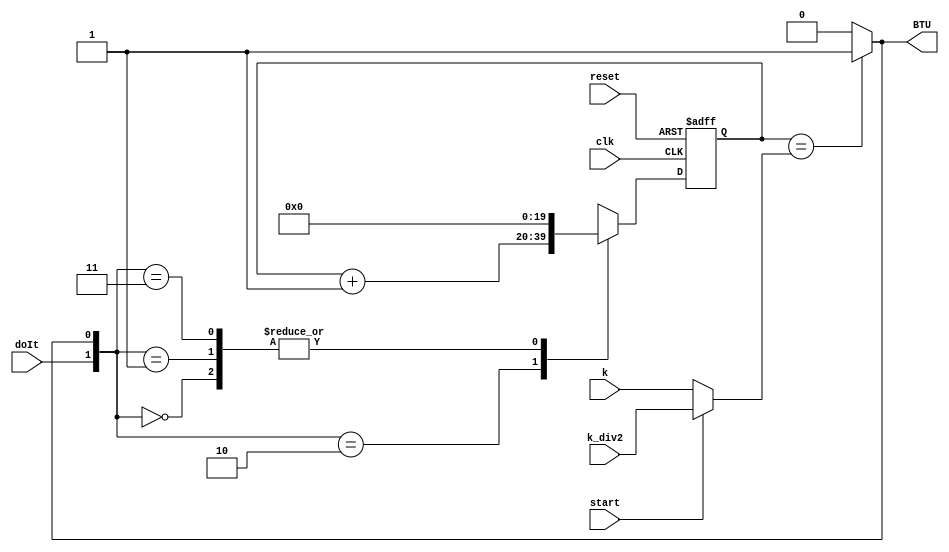
`timescale 1ns / 1ps
//////////////////////////////////////////////////////////////////////////////////
// Company: 
// Engineer: 
// 
// Design Name: 
// Module Name:    BitTimeCounterReceive 
// Project Name: 
// Target Devices: 
// Tool versions: 
// Description: 
//
// Dependencies: 
//
// Revision: 
// Revision 0.01 - File Created
// Additional Comments: 
//
//////////////////////////////////////////////////////////////////////////////////
module BitTimeCounterReceive(start,k,k_div2,doIt,clk,reset,BTU);
input start;
input doIt,clk,reset;
input [19:0] k;
input [19:0] k_div2;
output BTU;

reg [19:0] counters ;
reg [19:0] next_counters;
wire [19:0] k_mux;

assign k_mux = start ? k_div2 : k;

//A register to store the counter on every positive edge of the clock
always @ (posedge clk,posedge reset) begin
	if (reset)
		next_counters <= 20'b0;
	else
		next_counters <= counters;
end

//Combo logic to increment the counter
always @(*) begin
	case ({doIt,BTU})
		2'b00: counters = 0;
		2'b01: counters = 0;
		2'b10: counters = next_counters + 20'b1;
		2'b11: counters = 0;
	endcase
end



//Bit Time Up - Check if we reached the tick based off the decoder above
assign BTU = (next_counters == k_mux) ? 1'b1: 1'b0;
endmodule